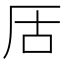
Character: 㕆